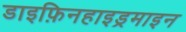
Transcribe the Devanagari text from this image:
डाइफ़िनहाइड्रमाइन